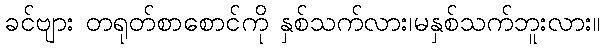
ခင်ဗျား တရုတ်စာစောင်ကို နှစ်သက်လား၊မနှစ်သက်ဘူးလား။